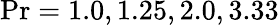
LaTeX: \operatorname*{Pr}=1.0,1.25,2.0,3.33